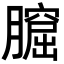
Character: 𦡆